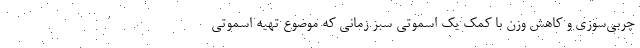
چربی‌سوزی و کاهش وزن با کمک یک اسموتی سبز زمانی که موضوع تهیه اسموتی